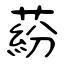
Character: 蒶